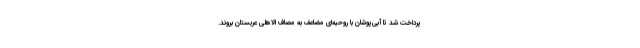
پرداخت شد تا آبی‌پوشان با روحیه‌ای مضاعف به مصاف الاهلی عربستان بروند.